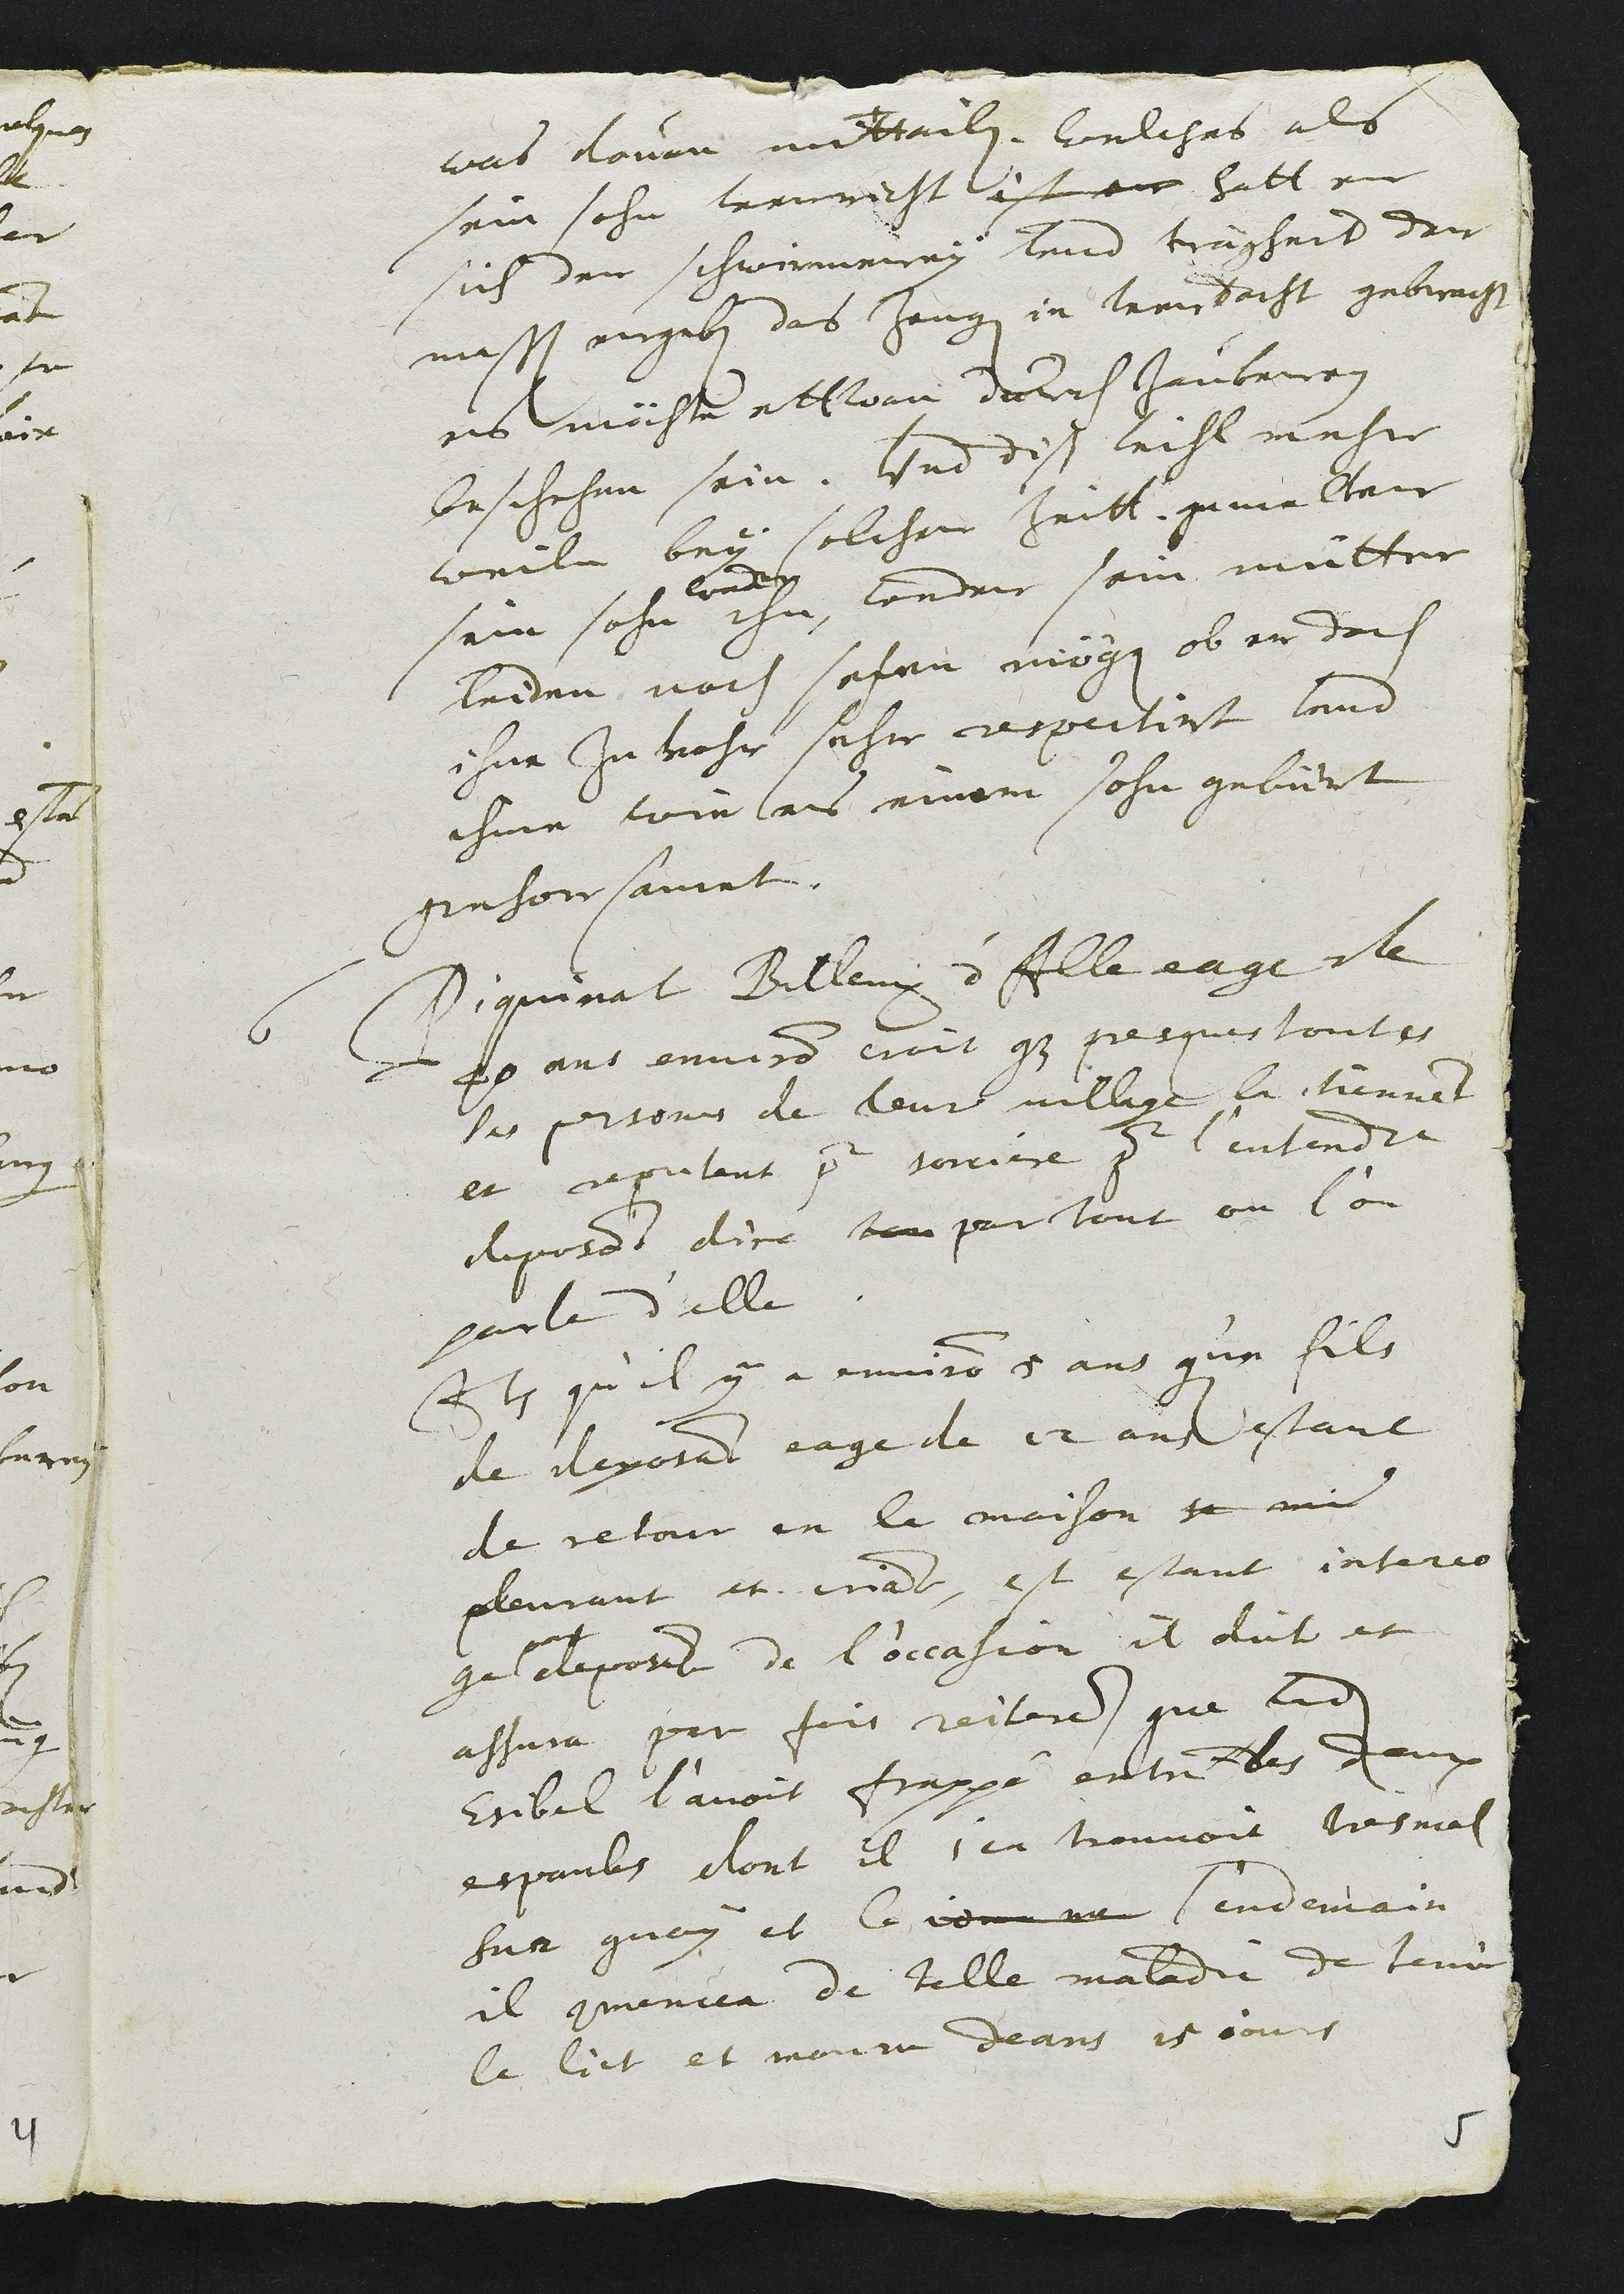
was davon mitteilen, welches als
sein sohn vernerht ist an hatt er
sich der schwirmerey und trägheit der
massen ergeben das Zeuge in verdacht gebracht
es müste ettwan durch Zauberey
beschehen sein. Und diss vihl mehr
weilen bey solcher Zeitt gemelter
sein sohn
weder
ihn, weder sein mutter
leiden noch sehen mögen ob er doch
ihne Zuvohr sehr respectirt und
ihme wie es einem sohn gebürt
gehorsamet.
6 Piquinat Billeux d'Alle eage de
40 ans environ croit que presques toutes
les persones de leur village la tiennent
et reputent pour sorciere pour l'entendre
deposant dire tou partout ou l'on
parle d'elle
Item qu'il y a environ 5 ans qu'un fils
de deposant eage de 12 ans estant
de retour en la maison se mi
pleurant et criant, et estant interro
ge
par
deposant de l'occasion il dict et
assura par fois reiteres que ladite
Esibel l'avoit frappé entre les deux
espaules dont il s'en trouvoit tres mal
sur quoy et le jour ne l'endemain
il commencea de telle maladie de tenir
le lict et mouru deans 15 jours